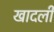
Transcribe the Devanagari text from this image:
खादली